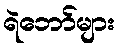
ရဲဘော်များ